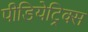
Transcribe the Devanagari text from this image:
पीडियेट्रिक्स